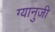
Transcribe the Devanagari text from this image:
ग्यानुजी